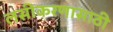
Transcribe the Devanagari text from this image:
लसीकरणासाठी